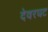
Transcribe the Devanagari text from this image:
देवरघट